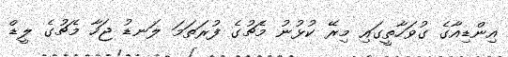
އިންޑިއާގެ ގުވަހާތީގައި މިރޭ ކުޅުނު މެޗުގެ ފުރަތަމަ ލަނޑު ޖަހާ މެޗުގެ ލީޑް